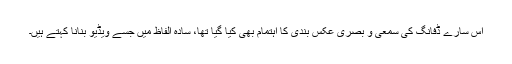
اس سارے ڈفانگ کی سمعی و بصری عکس بندی کا اہتمام بھی کیا گیا تھا، سادہ الفاظ میں جسے ویڈیو بنانا کہتے ہیں۔